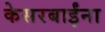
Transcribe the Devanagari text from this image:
केसरबाईंना